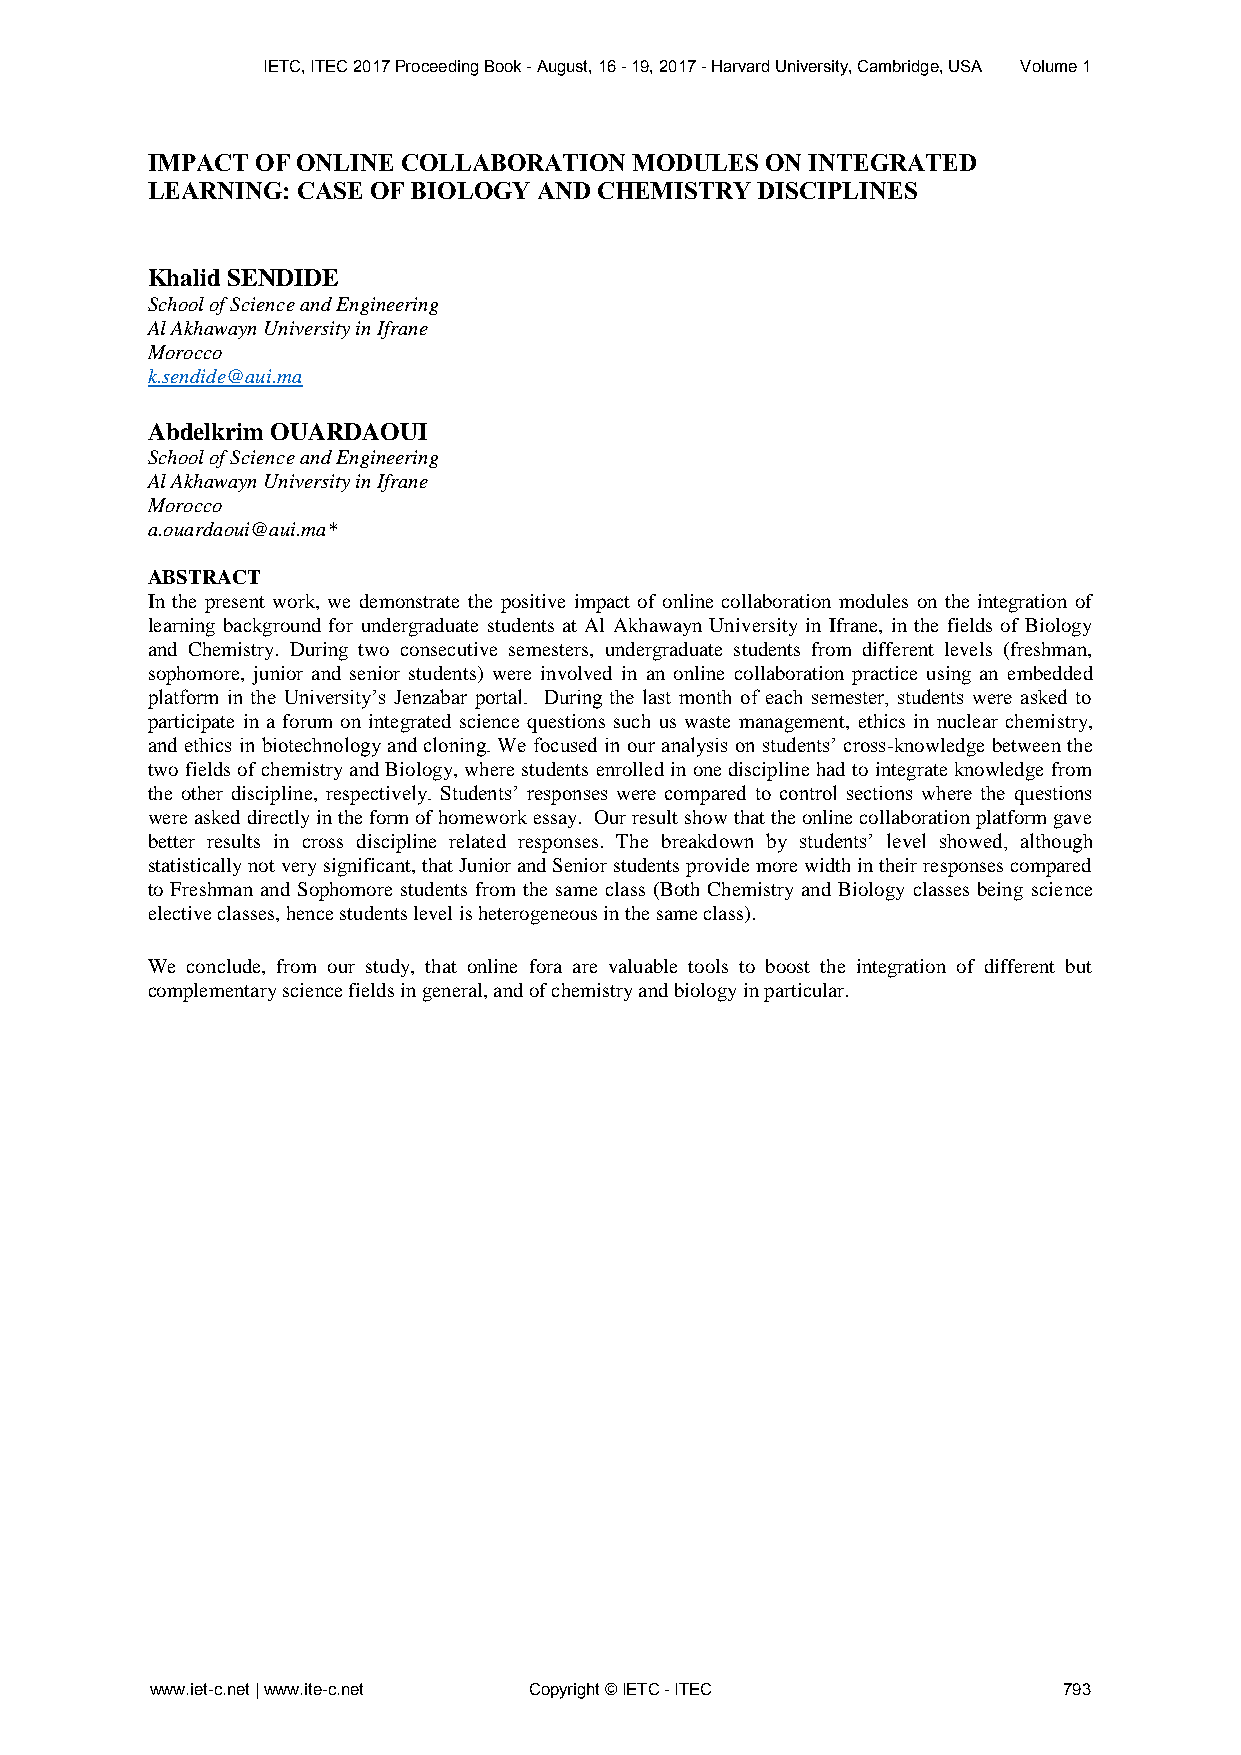
IETC, ITEC 2017 Proceeding Book - August, 16 - 19, 2017 - Harvard University, Cambridge, USA Volume 1
 IMPACT OF ONLINE COLLABORATION  MODULES  ON INTEGRATED
 LEARNING: CASE OF BIOLOGY AND CHEMISTRY DISCIPLINES
 Khalid SENDIDE
 School of Science and Engineering
 Al Akhawayn University in Ifrane
 Morocco
 k.sendide@aui.ma
 Abdelkrim OUARDAOUI
 School of Science and Engineering
 Al Akhawayn University in Ifrane
 Morocco
 a.ouardaoui@aui.ma*
 ABSTRACT
 In the present work, we demonstrate the positive impact of online collaboration modules on the integration of
 learning background for undergraduate students at Al Akhawayn University in Ifrane, in the fields of Biology
 and Chemistry. During two consecutive semesters, undergraduate students from different levels (freshman,
 sophomore, junior and senior students) were involved in an online collaboration practice using an embedded
 platform in the University’s Jenzabar portal. During the last month of each semester, students were asked to
 participate in a forum on integrated science questions such us waste management, ethics in nuclear chemistry,
 and ethics in biotechnology and cloning. We focused in our analysis on students’ cross-knowledge between the
 two fields of chemistry and Biology, where students enrolled in one discipline had to integrate knowledge from
 the other discipline, respectively. Students’ responses were compared to control sections where the questions
 were asked directly in the form of homework essay. Our result show that the online collaboration platform gave
 better results in cross discipline related responses. The breakdown by students’ level showed, although
 statistically not very significant, that Junior and Senior students provide more width in their responses compared
 to Freshman and Sophomore students from the same class (Both Chemistry and Biology classes being science
 elective classes, hence students level is heterogeneous in the same class).
 We conclude, from our study, that online fora are valuable tools to boost the integration of different but
 complementary science fields in general, and of chemistry and biology in particular.
 www.iet-c.net | www.ite-c.net Copyright © IETC - ITEC       793